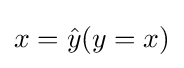
x={\hat {y}}(y=x)